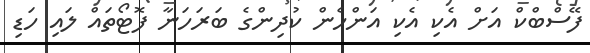
ފޭސްބްކް އަށް އެކި އެކި އަންހެން ކުދިންގެ ބަރަހަނާ ފޮޓޯތައް ލައި ހަޑި